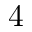
4